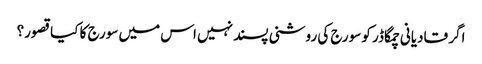
اگر قادیانی چمگاڈر کو سورج کی روشنی پسند نہیں اس میں سورج کا کیا قصور؟